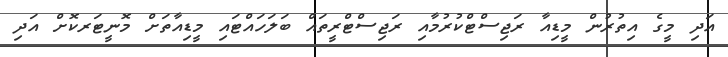
އަދި މީގެ އިތުރުން މީޑިއާ ރަޖިސްޓްކުރުމާއި ރަޖިސްޓްރީތައް ބަލަހައްޓައި މީޑިއާތަށް މޮނީޓަރކޮށް އަދި